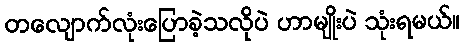
တလျောက်လုံးပြောခဲ့သလိုပဲ ဟာမျိုးပဲ သုံးရမယ်။